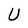
Character: U